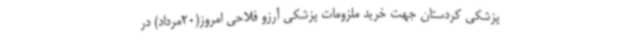
پزشکی کردستان جهت خرید ملزومات پزشکی آرزو فلاحی امروز(20مرداد) در